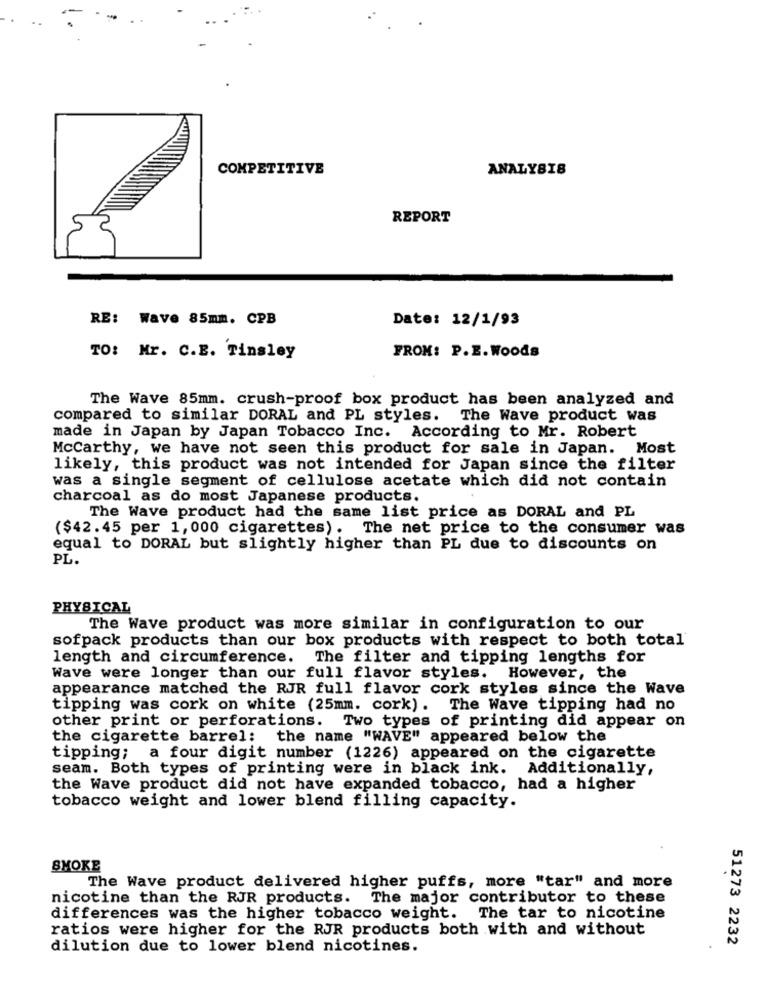
COMPETITIVE
ANALYSIS
REPORT
RE: Wave 85mm. CPB
Date: 12/1/93
FROM: P.E. Woods
TO: Mr. C.E. Tinsley
The Wave 85mm. crush-proof box product has been analyzed and
compared to similar DORAL and PL styles. The Wave product was
made in Japan by Japan Tobacco Inc. According to Mr. Robert
Mccarthy, we have not seen this product for sale in Japan. Most
likely, this product was not intended for Japan since the filter
was a single segment of cellulose acetate which did not contain
charcoal as do most Japanese products.
The Wave product had the same list price as DORAL and PL
($42.45 per 1,000 cigarettes). The net price to the consumer was
equal to DORAL but slightly higher than PL due to discounts on
PL.
PHYSICAL
The Wave product was more similar in configuration to our
sofpack products than our box products with respect to both total
length and circumference. The filter and tipping lengths for
Wave were longer than our full flavor styles.
However, the
appearance matched the RJR full flavor cork styles since the Wave
tipping was cork on white (25mm. cork). The Wave tipping had no
other print or perforations. Two types of printing did appear on
the cigarette barrel; the name "WAVE" appeared below the
tipping; a four digit number (1226) appeared on the cigarette
seam. Both types of printing were in black ink. Additionally,
the Wave product did not have expanded tobacco, had a higher
tobacco weight and lower blend filling capacity.
SMOKE
The Wave product delivered higher puffs, more "tar" and more
nicotine than the RJR products. The major contributor to these
differences was the higher tobacco weight. The tar to nicotine
ratios were higher for the RJR products both with and without
51273 2232
dilution due to lower blend nicotines.